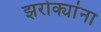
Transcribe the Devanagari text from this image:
झरोक्यांना